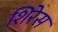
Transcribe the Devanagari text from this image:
शिरेस